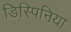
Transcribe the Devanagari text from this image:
डिस्पिनिया